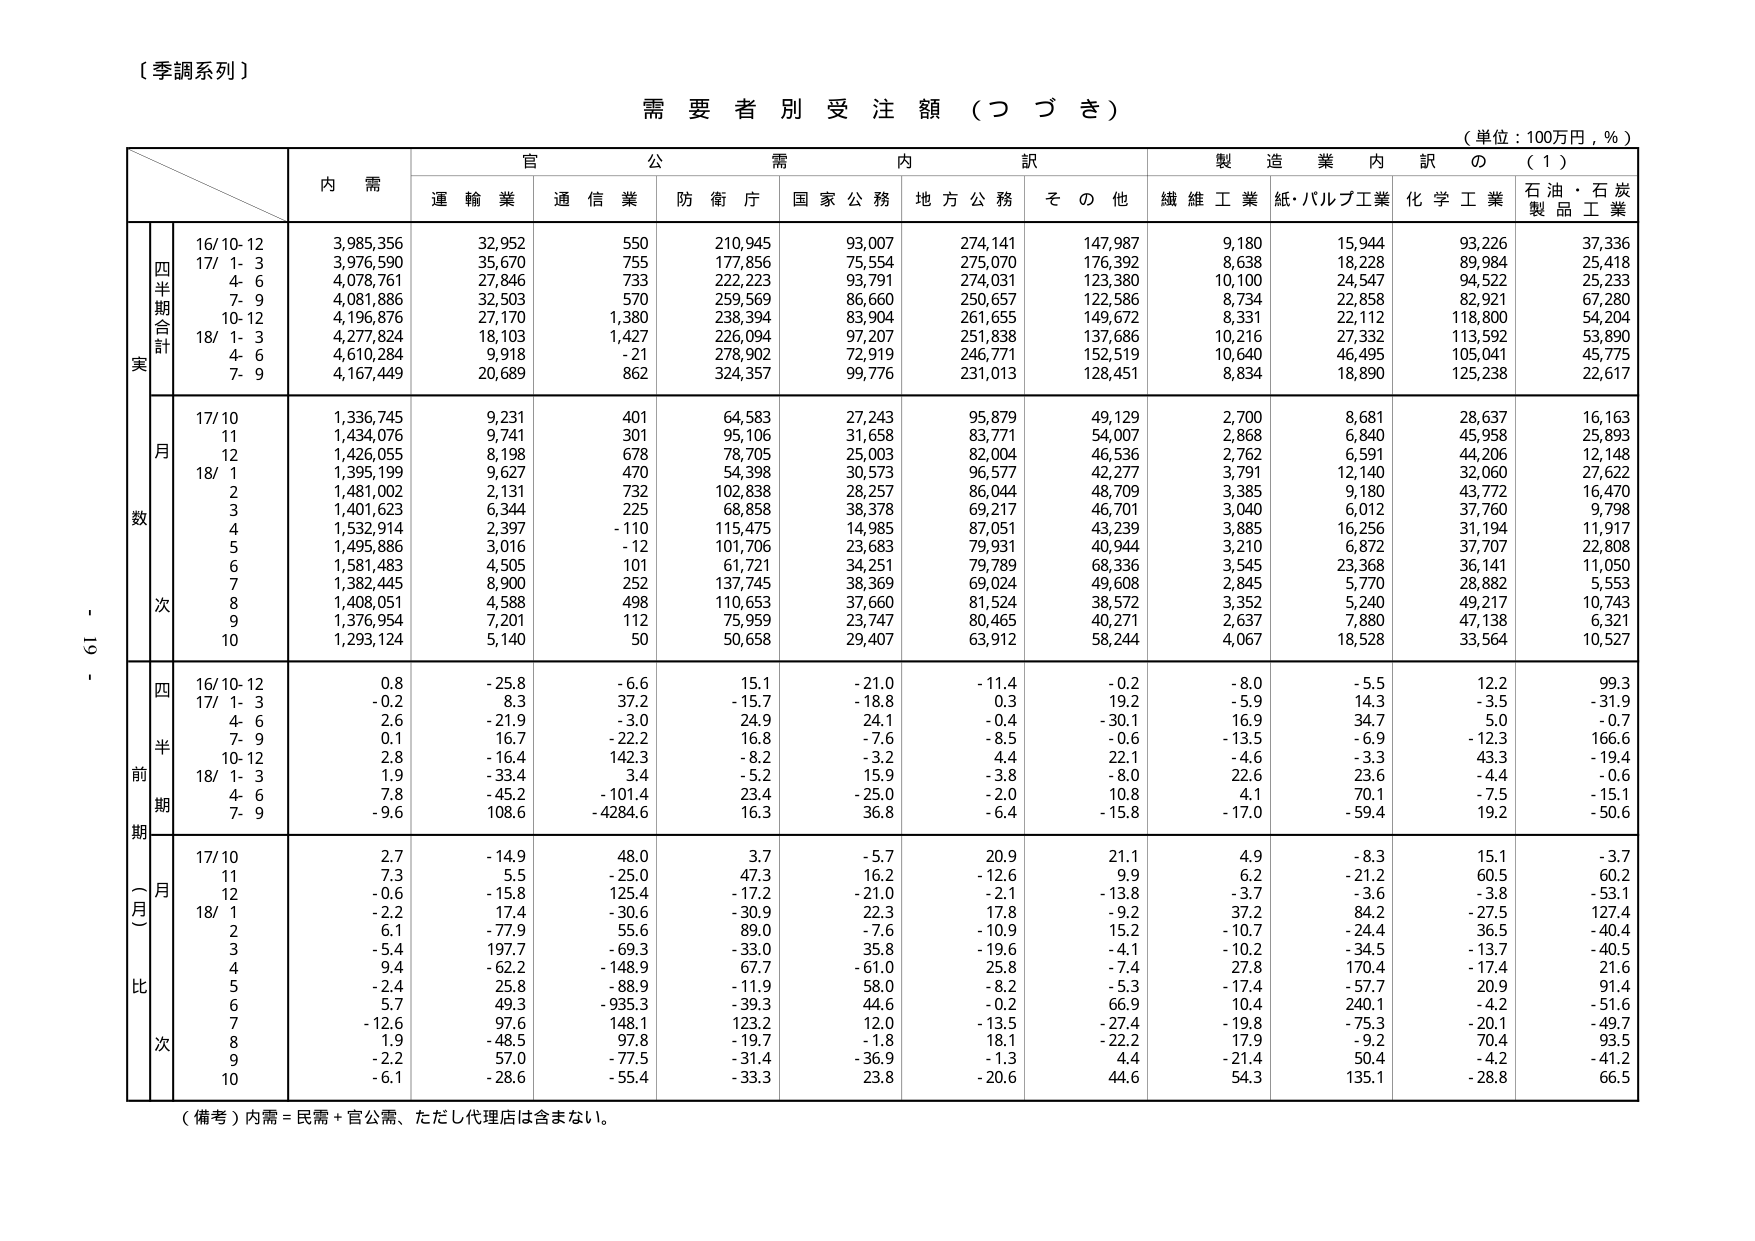
〔季調系列〕

需要者別受注額（つづき）

（単位：100万円，％）

内 需
官 公 需 内 訳
製 造 業 内 訳 の （１）
運 輸 業 通 信 業 防 衛 庁 国 家 公 務 地 方 公 務 そ の 他 繊 維 工 業 紙・パルプ工業 化 学 工 業 石 油・石 炭 製 品 工 業

四半期合計
実
16/10-12 3,985,356 32,952 550 210,945 93,007 274,141 147,987 9,180 15,944 93,226 37,336
17/ 1- 3 3,976,590 35,670 755 177,856 75,554 275,070 176,392 8,638 18,228 89,984 25,418
4- 6 4,078,761 27,846 733 222,223 93,791 274,031 123,380 10,100 24,547 94,522 25,233
7- 9 4,081,886 32,503 570 259,569 86,660 250,657 122,586 8,734 22,858 82,921 67,280
10-12 4,196,876 27,170 1,380 238,394 83,904 261,655 149,672 8,331 22,112 118,800 54,204
18/ 1- 3 4,277,824 18,103 1,427 226,094 97,207 251,838 137,686 10,216 27,332 113,592 53,890
4- 6 4,610,284 9,918 -21 278,902 72,919 246,771 152,519 10,640 46,495 105,041 45,775
7- 9 4,167,449 20,689 862 324,357 99,776 231,013 128,451 8,834 18,890 125,238 22,617

月
数
17/10 1,336,745 9,231 401 64,583 27,243 95,879 49,129 2,700 8,681 28,637 16,163
11 1,434,076 9,741 301 95,106 31,658 83,771 54,007 2,868 6,840 45,958 25,893
12 1,426,055 8,198 678 78,705 25,003 82,004 46,536 2,762 6,591 44,206 12,148
18/ 1 1,395,199 9,627 470 54,398 30,573 96,577 42,277 3,791 12,140 32,060 27,622
2 1,481,002 2,131 732 102,838 28,257 86,044 48,709 3,385 9,180 43,772 16,470
3 1,401,623 6,344 225 68,858 38,378 69,217 46,701 3,040 6,012 37,760 9,798
4 1,532,914 2,397 -110 115,475 14,985 87,051 43,239 3,885 16,256 31,194 11,917
5 1,495,886 3,016 -12 101,706 23,683 79,931 40,944 3,210 6,872 37,707 22,808
6 1,581,483 4,505 101 61,721 34,251 79,789 68,336 3,545 23,368 36,141 11,050
7 1,382,445 8,900 252 137,745 38,369 69,024 49,608 2,845 5,770 28,882 5,553
8 1,408,051 4,588 498 110,653 37,660 81,524 38,572 3,352 5,240 49,217 10,743
9 1,376,954 7,201 112 75,959 23,747 80,465 40,271 2,637 7,880 47,138 6,321
10 1,293,124 5,140 50 50,658 29,407 63,912 58,244 4,067 18,528 33,564 10,527

四
半
前
期
16/10-12 0.8 -25.8 -6.6 15.1 -21.0 -11.4 -0.2 -8.0 -5.5 12.2 99.3
17/ 1- 3 -0.2 8.3 37.2 -15.7 -18.8 0.3 19.2 -5.9 14.3 -3.5 -31.9
4- 6 2.6 -21.9 -3.0 24.9 24.1 -0.4 -30.1 16.9 34.7 5.0 -0.7
7- 9 0.1 16.7 -22.2 16.8 -7.6 -8.5 -0.6 -13.5 -6.9 -12.3 166.6
10-12 2.8 -16.4 142.3 -8.2 -3.2 4.4 22.1 -4.6 -3.3 43.3 -19.4
18/ 1- 3 1.9 -33.4 3.4 -5.2 15.9 -3.8 -8.0 22.6 23.6 -4.4 -0.6
4- 6 7.8 -45.2 -101.4 23.4 -25.0 -2.0 10.8 4.1 70.1 -7.5 -15.1
7- 9 -9.6 108.6 -4284.6 16.3 36.8 -6.4 -15.8 -17.0 -59.4 19.2 -50.6

（一月）比
次
17/10 2.7 -14.9 48.0 3.7 -5.7 20.9 21.1 4.9 -8.3 15.1 -3.7
11 7.3 5.5 -25.0 47.3 16.2 -12.6 9.9 6.2 -21.2 60.5 60.2
12 -0.6 -15.8 125.4 -17.2 -21.0 -2.1 -13.8 -3.7 -3.6 -3.8 -53.1
18/ 1 -2.2 17.4 -30.6 -30.9 22.3 17.8 -9.2 37.2 84.2 -27.5 127.4
2 6.1 -77.9 55.6 89.0 -7.6 -10.9 15.2 -10.7 -24.4 36.5 -40.4
3 -5.4 197.7 -69.3 -33.0 35.8 -19.6 -4.1 -10.2 -34.5 -13.7 -40.5
4 9.4 -62.2 -148.9 67.7 -61.0 25.8 -7.4 27.8 170.4 -17.4 21.6
5 -2.4 25.8 -88.9 -11.9 58.0 -8.2 -5.3 -17.4 -57.7 20.9 91.4
6 5.7 49.3 -935.3 -39.3 44.6 -0.2 66.9 10.4 240.1 -4.2 -51.6
7 -12.6 97.6 148.1 123.2 12.0 -13.5 -27.4 -19.8 -75.3 -20.1 -49.7
8 1.9 -48.5 97.8 -19.7 -1.8 18.1 -22.2 17.9 -9.2 70.4 93.5
9 -2.2 57.0 -77.5 -31.4 -36.9 -1.3 4.4 -21.4 50.4 -4.2 -41.2
10 -6.1 -28.6 -55.4 -33.3 23.8 -20.6 44.6 54.3 135.1 -28.8 66.5

（備考）内需＝民需＋官公需、ただし代理店は含まない。

- 19 -